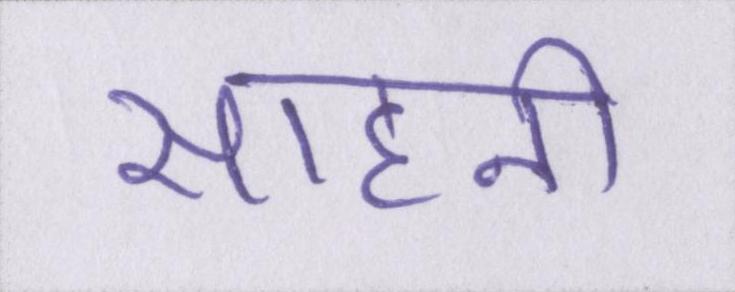
साहनी